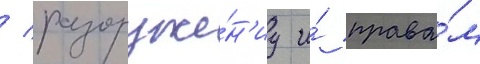
/ разоруже́н'иу и́ права́м